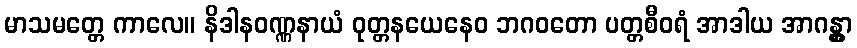
မာသမတ္တေ ကာလေ။ နိဒါနဝဏ္ဏနာယံ ဝုတ္တနယေနေဝ ဘဂဝတော ပတ္တစီဝရံ အာဒါယ အာဂန္တွာ